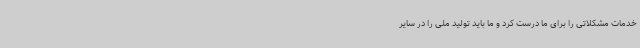
خدمات مشکلاتی را برای ما درست کرد و ما باید تولید ملی را در سایر